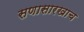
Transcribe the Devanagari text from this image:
सणासारखाच